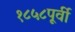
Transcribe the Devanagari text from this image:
१८५८पूर्वी